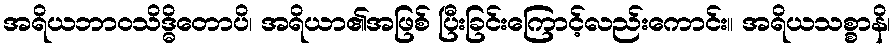
အရိယဘာဝသိဒ္ဓိတောပိ၊ အရိယာ၏အဖြစ် ပြီးခြင်းကြောင့်လည်းကောင်း။ အရိယသစ္စာနိ၊